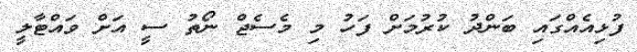
ފުޅިއެއްގައި ބަންދު ކުރުމަށް ފަހު މި މެސެޖް ނޯތު ސީ އަށް ވައްޓާލީ